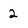
Character: 2